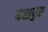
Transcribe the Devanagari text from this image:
यशपुर